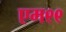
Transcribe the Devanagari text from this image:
एम९९